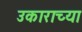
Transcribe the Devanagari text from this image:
उकाराच्या